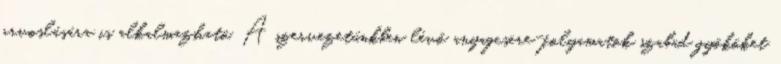
orvoslására is alkalmazható. A szervezetünkben lévő anyagcsere-folyamatok szabad gyököket